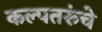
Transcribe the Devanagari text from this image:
कल्पतरुंचे